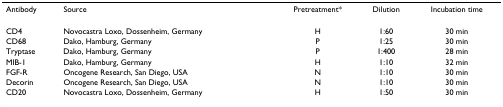
| Antibody | Source | Pretreatment* | Dilution | Incubation time |
 | --- | --- | --- | --- | --- |
 | CD4 | Novocastra Loxo, Dossenheim, Germany | H | 1:60 | 30 min |
 | CD68 | Dako, Hamburg, Germany | P | 1:25 | 30 min |
 | Tryptase | Dako, Hamburg, Germany | P | 1:400 | 28 min |
 | MIB-1 | Dako, Hamburg, Germany | H | 1:10 | 32 min |
 | FGF-R | Oncogene Research, San Diego, USA | N | 1:10 | 30 min |
 | Decorin | Oncogene Research, San Diego, USA | N | 1:10 | 30 min |
 | CD20 | Novocastra Loxo, Dossenheim, Germany | H | 1:50 | 30 min |